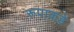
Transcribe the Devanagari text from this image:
रूपाकडे